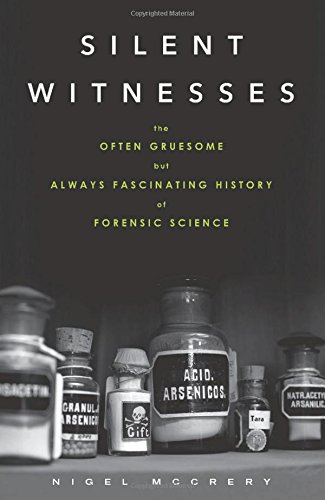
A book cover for Silent Witnesses: The Often Gruesome but Always Fascinating History of Forensic Science; Nigel McCrery; Law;